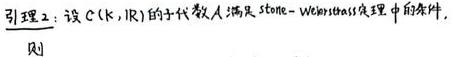
引理 2：设 $C(K,\mathbb{R})$ 的子代数 $A$ 满足 Stone - Weierstrass 定理中的条件,
则